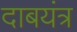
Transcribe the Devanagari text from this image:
दाबयंत्र